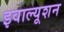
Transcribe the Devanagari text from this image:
इवाल्यूशन